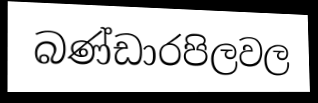
බණ්ඩාරපිලවල